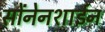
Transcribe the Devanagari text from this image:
सोंनेनशाईन